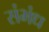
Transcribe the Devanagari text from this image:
संभंध